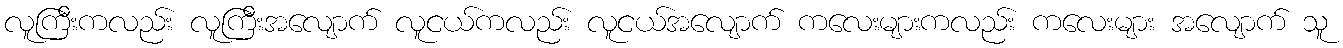
လူကြီးကလည်း လူကြီးအလျောက် လူငယ်ကလည်း လူငယ်အလျောက် ကလေးများကလည်း ကလေးများ အလျောက် သူ